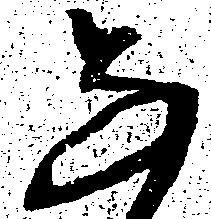
な